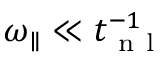
{ \omega _ { \parallel } } \ll t _ { \mathrm { ~ n ~ l ~ } } ^ { - 1 }